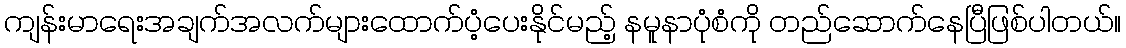
ကျန်းမာရေးအချက်အလက်များထောက်ပံ့ပေးနိုင်မည့် နမူနာပုံစံကို တည်ဆောက်နေပြီဖြစ်ပါတယ်။